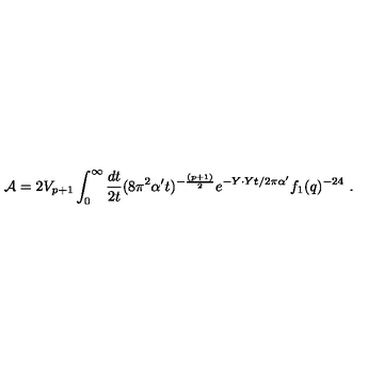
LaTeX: { \cal A } = 2 V _ { p + 1 } \int _ { 0 } ^ { \infty } { \frac { d t } { 2 t } } ( 8 \pi ^ { 2 } { \alpha ^ { \prime } } t ) ^ { - { \frac { ( p + 1 ) } { 2 } } } e ^ { - Y \cdot Y t / 2 \pi { \alpha ^ { \prime } } } f _ { 1 } ( q ) ^ { - 2 4 } \ .